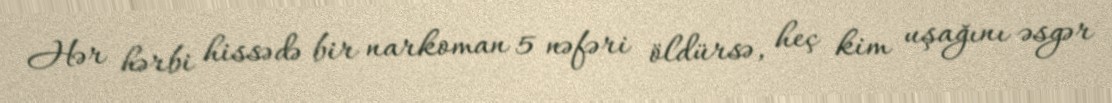
Hər hərbi hissədə bir narkoman 5 nəfəri öldürsə, heç kim uşağını əsgər